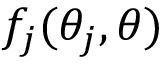
f _ { j } ( \theta _ { j } , \theta )